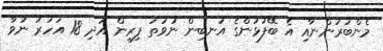
މެންބަރުންނާއި އެ ބޭފުޅުންގެ އަނބިން ނުވަތަ ފިރިން އަދި 18 އަހަރު ނުވާ